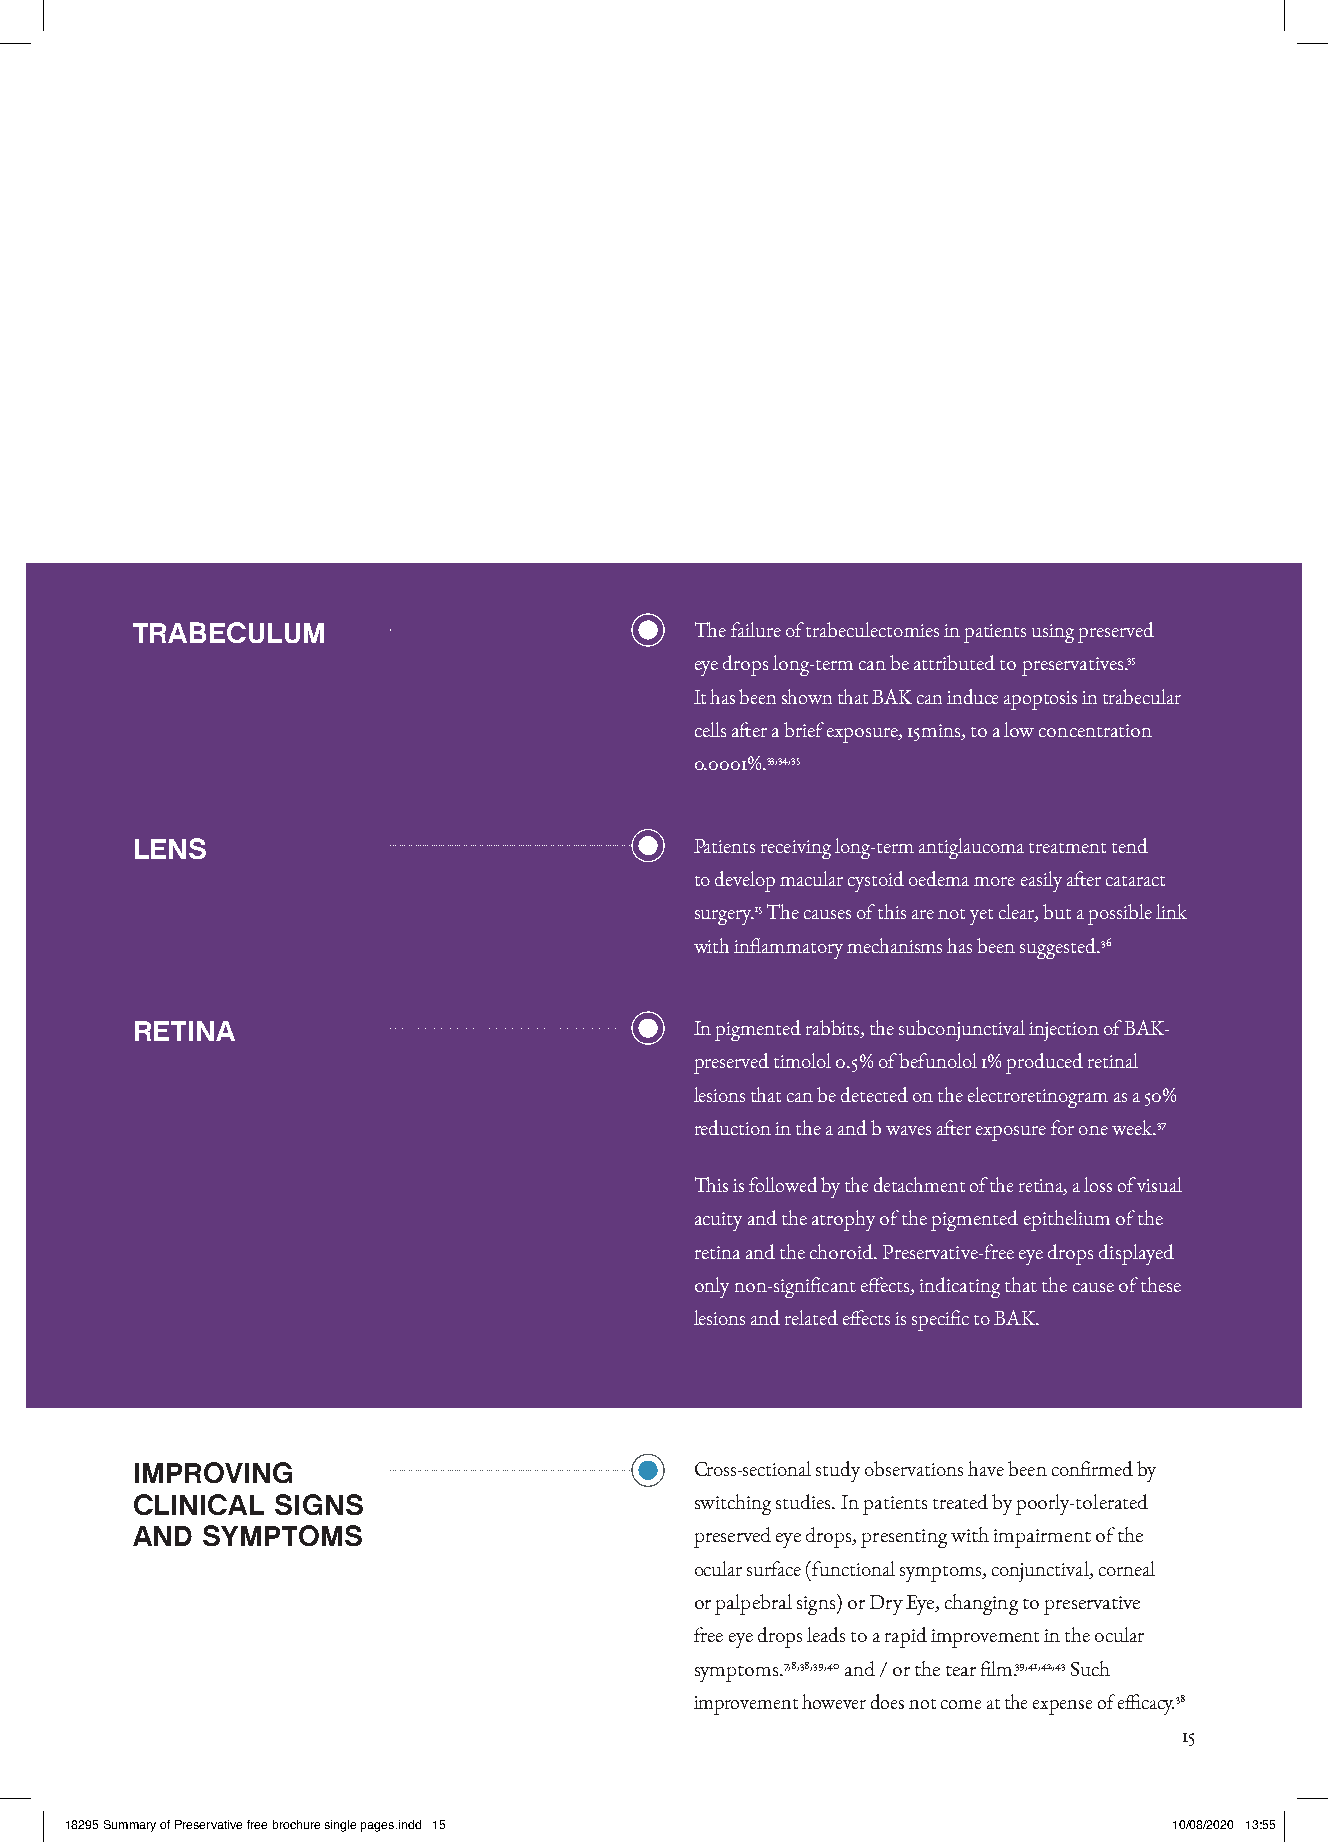
TRABECULUM                           The failure of trabeculectomies in patients using preserved
 eye drops long-term can be attributed to preservatives.35
 It has been shown that BAK can induce apoptosis in trabecular
 cells after a brief exposure, 15mins, to a low concentration
 0.0001%.33,34,35
 LENS                                 Patients receiving long-term antiglaucoma treatment tend
 to develop macular cystoid oedema more easily after cataract
 surgery.15 The causes of this are not yet clear, but a possible link
 with inflammatory mechanisms has been suggested.36
 RETINA                               In pigmented rabbits, the subconjunctival injection of BAK-
 preserved timolol 0.5% of befunolol 1% produced retinal
 lesions that can be detected on the electroretinogram as a 50%
 reduction in the a and b waves after exposure for one week.37
 This is followed by the detachment of the retina, a loss of visual
 acuity and the atrophy of the pigmented epithelium of the
 retina and the choroid. Preservative-free eye drops displayed
 only non-significant effects, indicating that the cause of these
 lesions and related effects is specific to BAK.
 IMPROVING                            Cross-sectional study observations have been confirmed by
 CLINICAL SIGNS                       switching studies. In patients treated by poorly-tolerated
 AND SYMPTOMS                         preserved eye drops, presenting with impairment of the
 ocular surface (functional symptoms, conjunctival, corneal
 or palpebral signs) or Dry Eye, changing to preservative
 free eye drops leads to a rapid improvement in the ocular
 symptoms.7,8,38,39,40 and / or the tear film.39,41,42,43 Such
 improvement however does not come at the expense of efficacy.38
 15
 1188229955 SSuummmmaarryy ooff PPrreesseerrvvaattiivvee ffrreeee bbrroocchhuurree ssiinnggllee ppaaggeess..iinndddd 1155 1100//0088//22002200 1133::5555